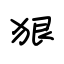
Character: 狠